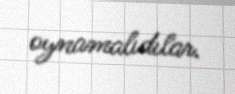
oynamalıdılar.